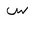
Letter: _sin